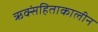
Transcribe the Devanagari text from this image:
ऋक्संहिताकालीन